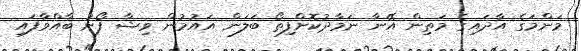
މަންމަގެ އާދައިގެ މަތިން އޭނާ ނަމާދުކޮށްފިތޯ ބަލަން އައުމުން ވިޝާ ފޯނު ބާއްވާފައި